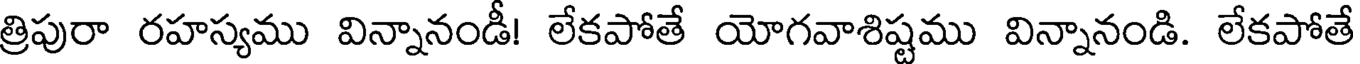
త్రిపురా రహస్యము విన్నానండీ! లేకపోతే యోగవాశిష్టము విన్నానండి. లేకపోతే